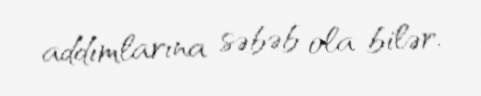
addımlarına səbəb ola bilər.